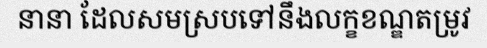
នានា ដែលសមស្របទៅនឹងលក្ខខណ្ឌតម្រូវ